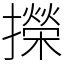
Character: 㩞